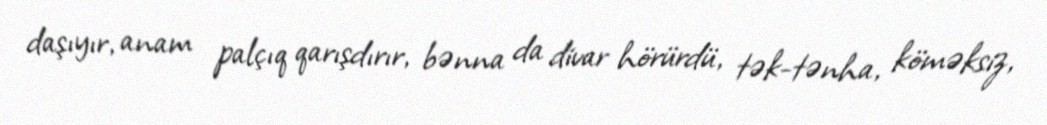
daşıyır, anam palçıq qarışdırır, bənna da divar hörürdü, tək-tənha, köməksiz,